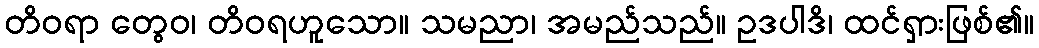
တိဝရာ တွေဝ၊ တိဝရဟူသော။ သမညာ၊ အမည်သည်။ ဥဒပါဒိ၊ ထင်ရှားဖြစ်၏။